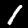
Label: 1